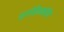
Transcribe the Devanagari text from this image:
पागोबैनकोमैट